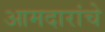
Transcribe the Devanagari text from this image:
आमदारांचे